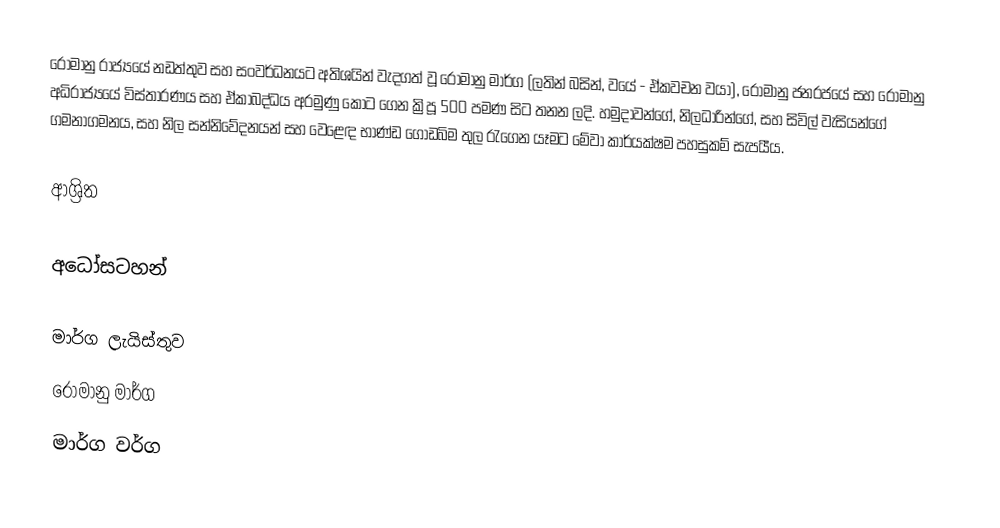
රෝමානු රාජ්‍යයේ නඩත්තුව සහ සංවර්ධනයට අතිශයින් වැදගත් වූ   රෝමානු මාර්ග (ලතින් බසින්, වයේ - ඒකවචන වයා),  රෝමානු ජනරජයේ සහ රෝමානු අධිරාජ්‍යයේ විස්තාරණය සහ ඒකාබද්ධය අරමුණු කොට ගෙන ක්‍රිපූ 500 පමණ සිට තනන ලදි.  හමුදාවන්ගේ, නිලධාරින්ගේ, සහ සිවිල් වැසියන්ගේ ගමනාගමනය, සහ නිල සන්නිවේදනයන් සහ  වෙළෙඳ භාණ්ඩ ගොඩබිම තුල රැගෙන යෑමට මේවා කාර්යක්ෂම පහසුකම් සැපයීය.

ආශ්‍රිත

අධෝසටහන්

මාර්ග ලැයිස්තුව
රෝමානු මාර්ග
මාර්ග වර්ග